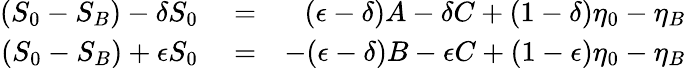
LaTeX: \begin{array}{rlr}{(S_{0}-S_{B})-\delta S_{0}}&{{}=}&{(\epsilon-\delta)A-\delta C+(1-\delta)\eta_{0}-\eta_{B}}\\ {(S_{0}-S_{B})+\epsilon S_{0}}&{{}=}&{-(\epsilon-\delta)B-\epsilon C+(1-\epsilon)\eta_{0}-\eta_{B}}\end{array}